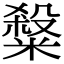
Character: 𥻦